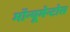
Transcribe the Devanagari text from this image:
मॉन्यूमेन्टोस